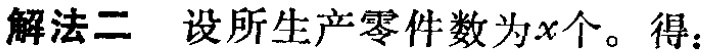
解法二 设所生产零件数为\(x\)个。得：